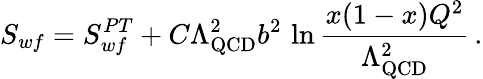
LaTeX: S_{wf}=S_{wf}^{PT}+C\Lambda_{\mathrm{QCD}}^{2}b^{2}\, \ln\frac{x(1-x)Q^{2}}{\Lambda_{\mathrm{QCD}}^{2}}\, .